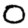
Digit: 0